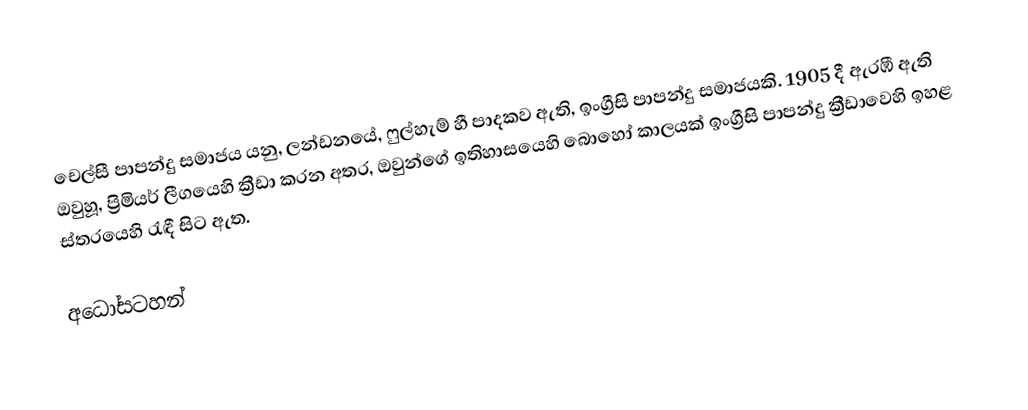
චෙල්සී පාපන්දු සමාජය යනු, ලන්ඩනයේ,  ෆුල්හැම් හී පාදකව ඇති, ඉංග්‍රීසි පාපන්දු සමාජයකි. 1905 දී ඇරඹී ඇති ඔවුහූ, ප්‍රිමියර් ලීගයෙහි ක්‍රීඩා කරන අතර, ඔවුන්ගේ ඉතිහාසයෙහි බොහෝ කාලයක් ඉංග්‍රීසි පාපන්දු ක්‍රීඩාවෙහි ඉහළ ස්තරයෙහි රැඳී සිට ඇත.

අධෝසටහන්